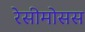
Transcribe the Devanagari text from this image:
रेसीमोसस